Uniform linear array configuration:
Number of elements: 48
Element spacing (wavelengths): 1
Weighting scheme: hann
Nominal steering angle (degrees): -45
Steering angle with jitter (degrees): -46.558
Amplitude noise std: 0.05
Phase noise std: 0.05

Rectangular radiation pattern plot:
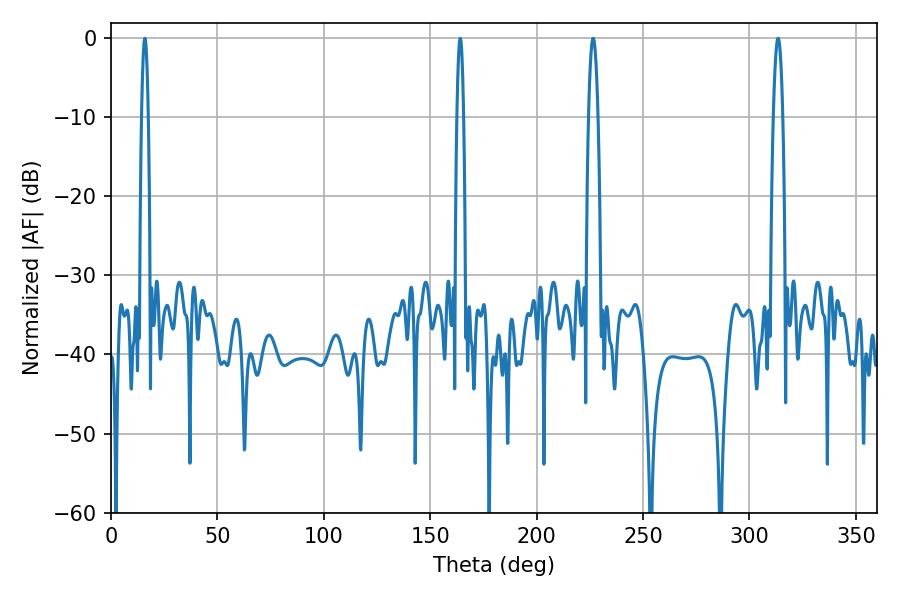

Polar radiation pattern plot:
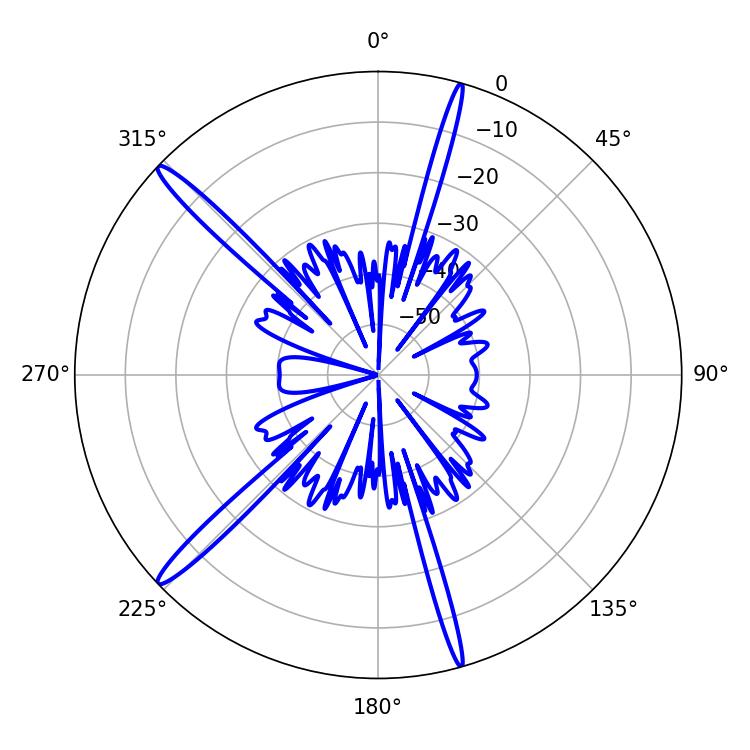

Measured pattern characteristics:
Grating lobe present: TRUE
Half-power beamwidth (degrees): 2.34
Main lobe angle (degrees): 226.62